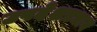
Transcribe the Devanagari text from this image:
उपदेशप्रधान